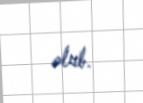
olub.